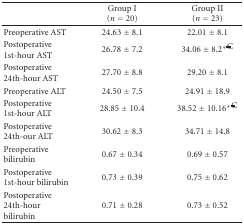
<table><thead><tr><td></td><td><b>Group I (<i>n</i> = 20)</b></td><td><b>Group II (<i>n</i> = 23)</b></td></tr></thead><tbody><tr><td>Preoperative AST</td><td>24.63 ± 8.1</td><td>22.01 ± 8.1</td></tr><tr><td>Postoperative 1st-hour AST</td><td>26.78 ± 7.2</td><td> 34.06 ± 8.2<sup><i>∗</i>€</sup></td></tr><tr><td>Postoperative 24th-hour AST</td><td>27.70 ± 8.8</td><td>29.20 ± 8.1</td></tr><tr><td>Preoperative ALT</td><td>24.50 ± 7.5</td><td>24.91 ± 18.9</td></tr><tr><td>Postoperative 1st-hour ALT</td><td>28.85 ± 10.4</td><td> 38.52 ± 10.16<sup><i>∗</i>€</sup></td></tr><tr><td>Postoperative 24th-our ALT</td><td>30.62 ± 8.3</td><td>34.71 ± 14.8</td></tr><tr><td>Preoperative bilirubin</td><td>0.67 ± 0.34</td><td>0.69 ± 0.57</td></tr><tr><td>Postoperative 1st-hour bilirubin</td><td>0.73 ± 0.39</td><td>0.75 ± 0.62</td></tr><tr><td>Postoperative 24th-hour bilirubin</td><td>0.71 ± 0.28</td><td>0.73 ± 0.52</td></tr></tbody></table>